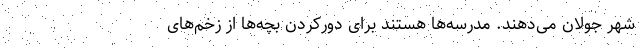
شهر جولان می‌دهند. مدرسه‌ها هستند برای دورکردن بچه‌ها از زخم‌های